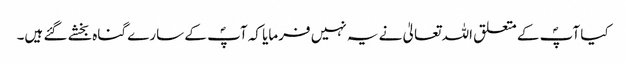
کیا آپؐ کے متعلق اللہ تعالیٰ نے یہ نہیں فرمایا کہ آپؐ کے سارے گناہ بخشے گئے ہیں۔